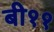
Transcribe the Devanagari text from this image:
बी११